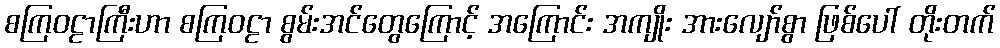
စကြဝဠာကြီးဟာ စကြဝဠာ စွမ်းအင်တွေကြောင့် အကြောင်း အကျိုး အားလျော်စွာ ဖြစ်ပေါ် တိုးတက်